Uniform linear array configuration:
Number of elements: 16
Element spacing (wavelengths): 0.5
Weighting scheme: cosine
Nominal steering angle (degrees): -30
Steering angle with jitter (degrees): -30.363
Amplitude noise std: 0.05
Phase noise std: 0.05

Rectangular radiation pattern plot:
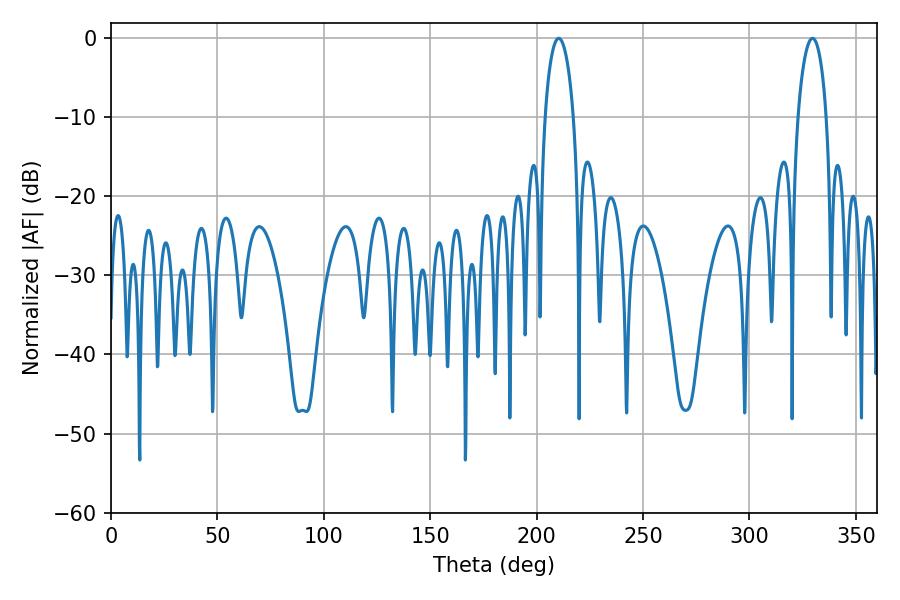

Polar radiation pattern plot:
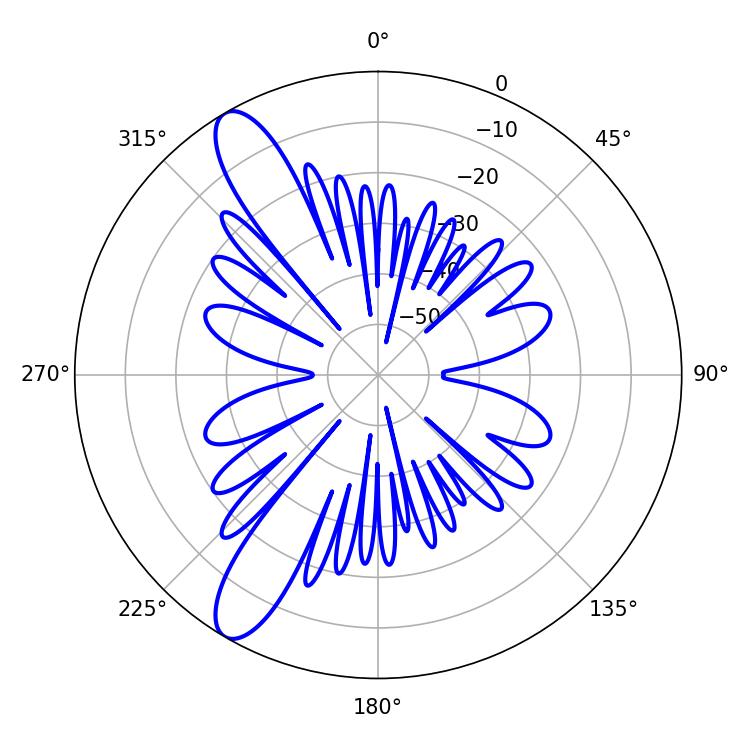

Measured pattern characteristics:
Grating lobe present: FALSE
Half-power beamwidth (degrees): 7.56
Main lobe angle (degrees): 210.42